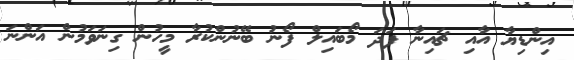
އިންޑިޔާ އާއި ޗައިނާ ފަދަ މޯބައިލް ފޯނު ބޭނުންކުރާ މީހުން ގިނަވަމުން އަންނަ